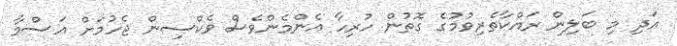
އަދި މި ބަލިން ރައްކާތެރިވުމުގެ ގޮތުން ހުރިހާ އެންމެންވެސް ވެކްސިން ޖެހުމަށް އަސްމާ